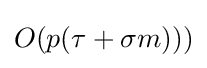
O(p(\tau +\sigma m)))